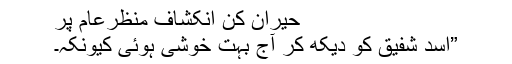
حیران کن انکشاف منظرعام پر
”اسد شفیق کو دیکھ کر آج بہت خوشی ہوئی کیونکہ۔